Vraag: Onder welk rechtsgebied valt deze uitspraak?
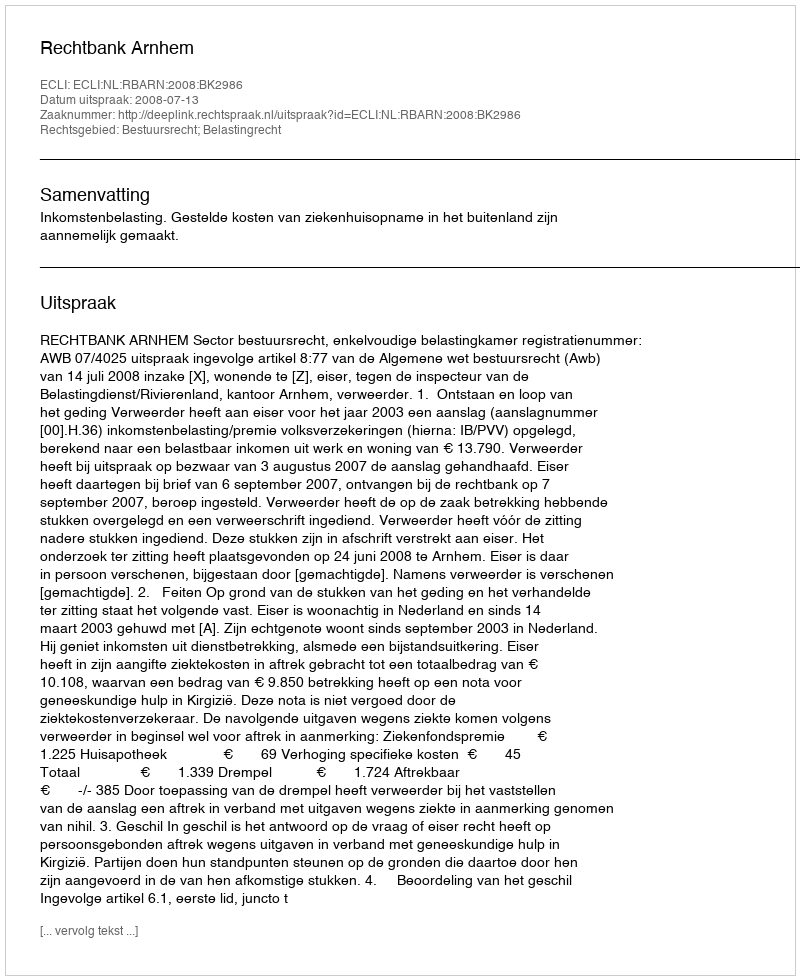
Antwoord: Bestuursrecht; Belastingrecht